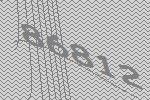
86812